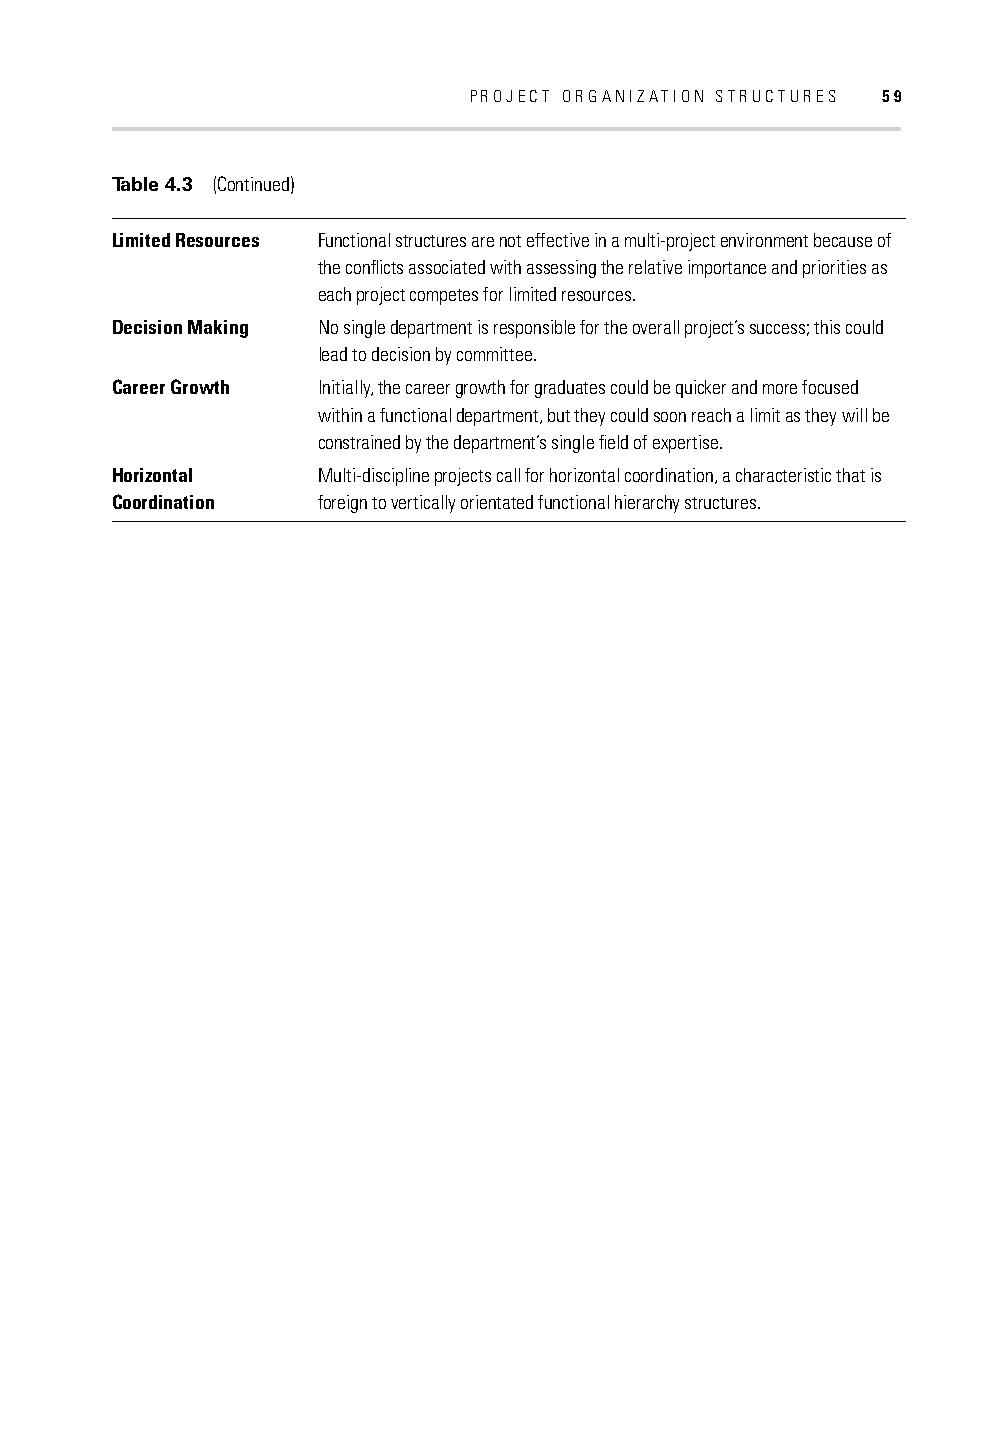
PROJECT ORGANIZATION STRUCTURES 59
 Table 4.3 (Continued)
 Limited Resources Functional structures are not effective in a multi-project environment because of
 the confl icts associated with assessing the relative importance and priorities as
 each project competes for limited resources.
 Decision Making No single department is responsible for the overall project’s success; this could
 lead to decision by committee.
 Career Growth Initially, the career growth for graduates could be quicker and more focused
 within a functional department, but they could soon reach a limit as they will be
 constrained by the department’s single fi eld of expertise.
 Horizontal    Multi-discipline projects call for horizontal coordination, a characteristic that is
 Coordination  foreign to vertically orientated functional hierarchy structures.